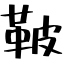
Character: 鞁